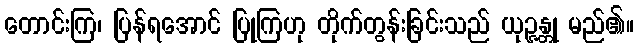
တောင်းကြ၊ ပြန်ရအောင် ပြုကြဟု တိုက်တွန်းခြင်းသည် ယုဉ္ဇန္တု မည်၏။